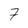
Character: 7